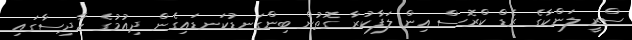
ސްރީ ލަންކާގެ ރެޑް ކްރޮސް އިން ލަފާކުރާ ގޮތުން ބިންގަނޑުކަނޑައިގެން ދިއުމުގެ ހާދިސާގައި